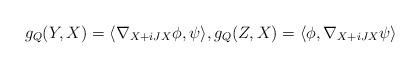
LaTeX: \begin{align*}g_Q(Y,X)= \langle\nabla_{X+iJX}\phi,\psi\rangle,g_Q(Z,X)=\langle\phi,\nabla_{X+iJX}\psi\rangle\end{align*}